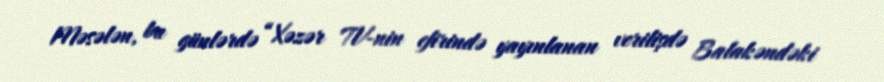
Məsələn, bu günlərdə “Xəzər TV-nin efirində yayınlanan verilişdə Balakəndəki